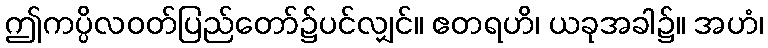
ဤကပ္ပိလဝတ်ပြည်တော်၌ပင်လျှင်။ ဧတရဟိ၊ ယခုအခါ၌။ အဟံ၊